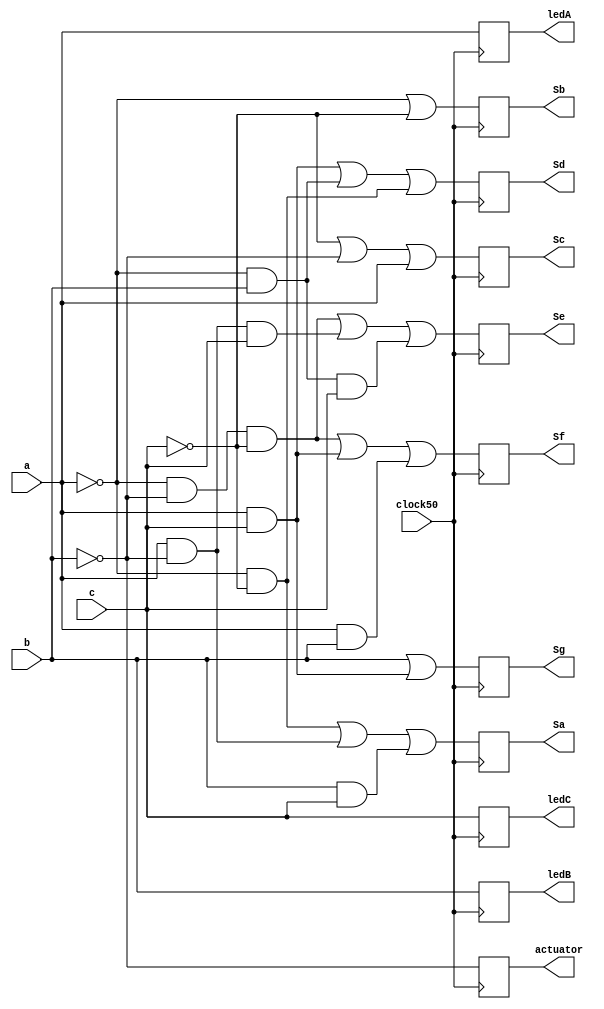
module Tarea1HDL (a,b,c,clock50,  Sa, Sb,Sc,Sd,Se,Sf,Sg,actuator, ledA, ledB, ledC);
input wire a;
input wire b;
input wire c;
input wire clock50;


output reg Sa;
output reg Sb;
output reg Sc;
output reg Sd;
output reg Se;
output reg Sf;
output reg Sg;
output reg actuator;

output reg ledA;
output reg ledB;
output reg ledC;


always @(posedge clock50) begin
	begin
		Sa <= ((!a)&&(!c))||(a&&(!b))||(b&&c);
		Sb <= (!a)||(!c);
		Sc <= (!c)||(!b)||a;
		Sd <= (a&&c)||((!a)&&b)||((!a)&&(!c));
		Se <= (!a&&!b&&!c)||(a&&!b&&c)||(!a&&b&&c);
		Sf <= (!a&&!b&&!c)||(a&&c)||(a&b);
		Sg <= b||(a&&c);
		
		ledA <= a;
		ledB <= b;
		ledC <= c;
		actuator <= !b;
		
	end
	
	

end

endmodule